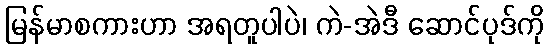
မြန်မာစကားဟာ အရတူပါပဲ၊ ကဲ-အဲဒီ ဆောင်ပုဒ်ကို